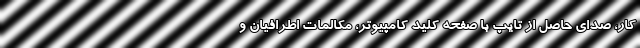
کار، صدای حاصل از تایپ با صفحه کلید کامپیوتر، مکالمات اطرافیان و